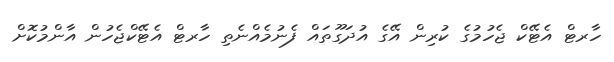
ހާރޓް އެޓޭކް ޖެހުމުގެ ކުރިން އޭގެ އުދަގޫތައް ފެނުމެއްނެތި ހާރޓް އެޓޭކްޖެހުން އާންމުކޮށް